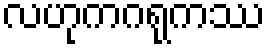
လဟုကဂရုကဿ